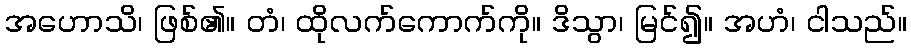
အဟောသိ၊ ဖြစ်၏။ တံ၊ ထိုလက်ကောက်ကို။ ဒိသွာ၊ မြင်၍။ အဟံ၊ ငါသည်။